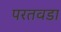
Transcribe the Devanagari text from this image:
परतवडा